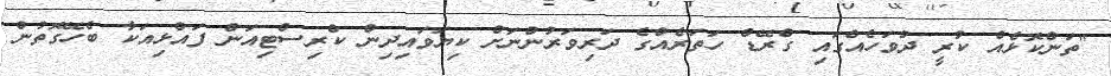
"ތަންކޮޅެއް ކުރީ ދުވަހެއްގައި ގްރޭޑް ހަތަރެއްގެ ދަރިވަރުންނަށް ކިޔަވައިދިން ކްރިސްޓިއަން ފައްޅިއަކާ ބެހޭގޮތުން